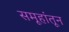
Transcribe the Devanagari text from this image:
समूहांतून